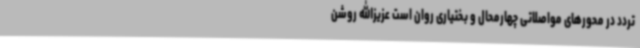
تردد در محورهای مواصلاتی چهارمحال و بختیاری روان است عزیزالله روشن